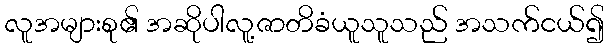
လူအများစု၏ အဆိုပါလူ့ဇာတိခံယူသူသည် အသက်ငယ်၍